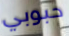
حبوبي